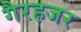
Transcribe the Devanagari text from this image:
गैरहजर